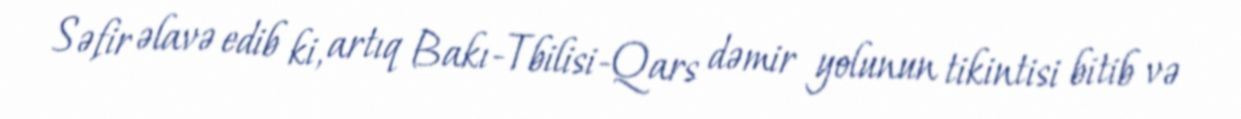
Səfir əlavə edib ki, artıq Bakı-Tbilisi-Qars dəmir yolunun tikintisi bitib və